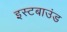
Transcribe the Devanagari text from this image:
इस्टबाउंड